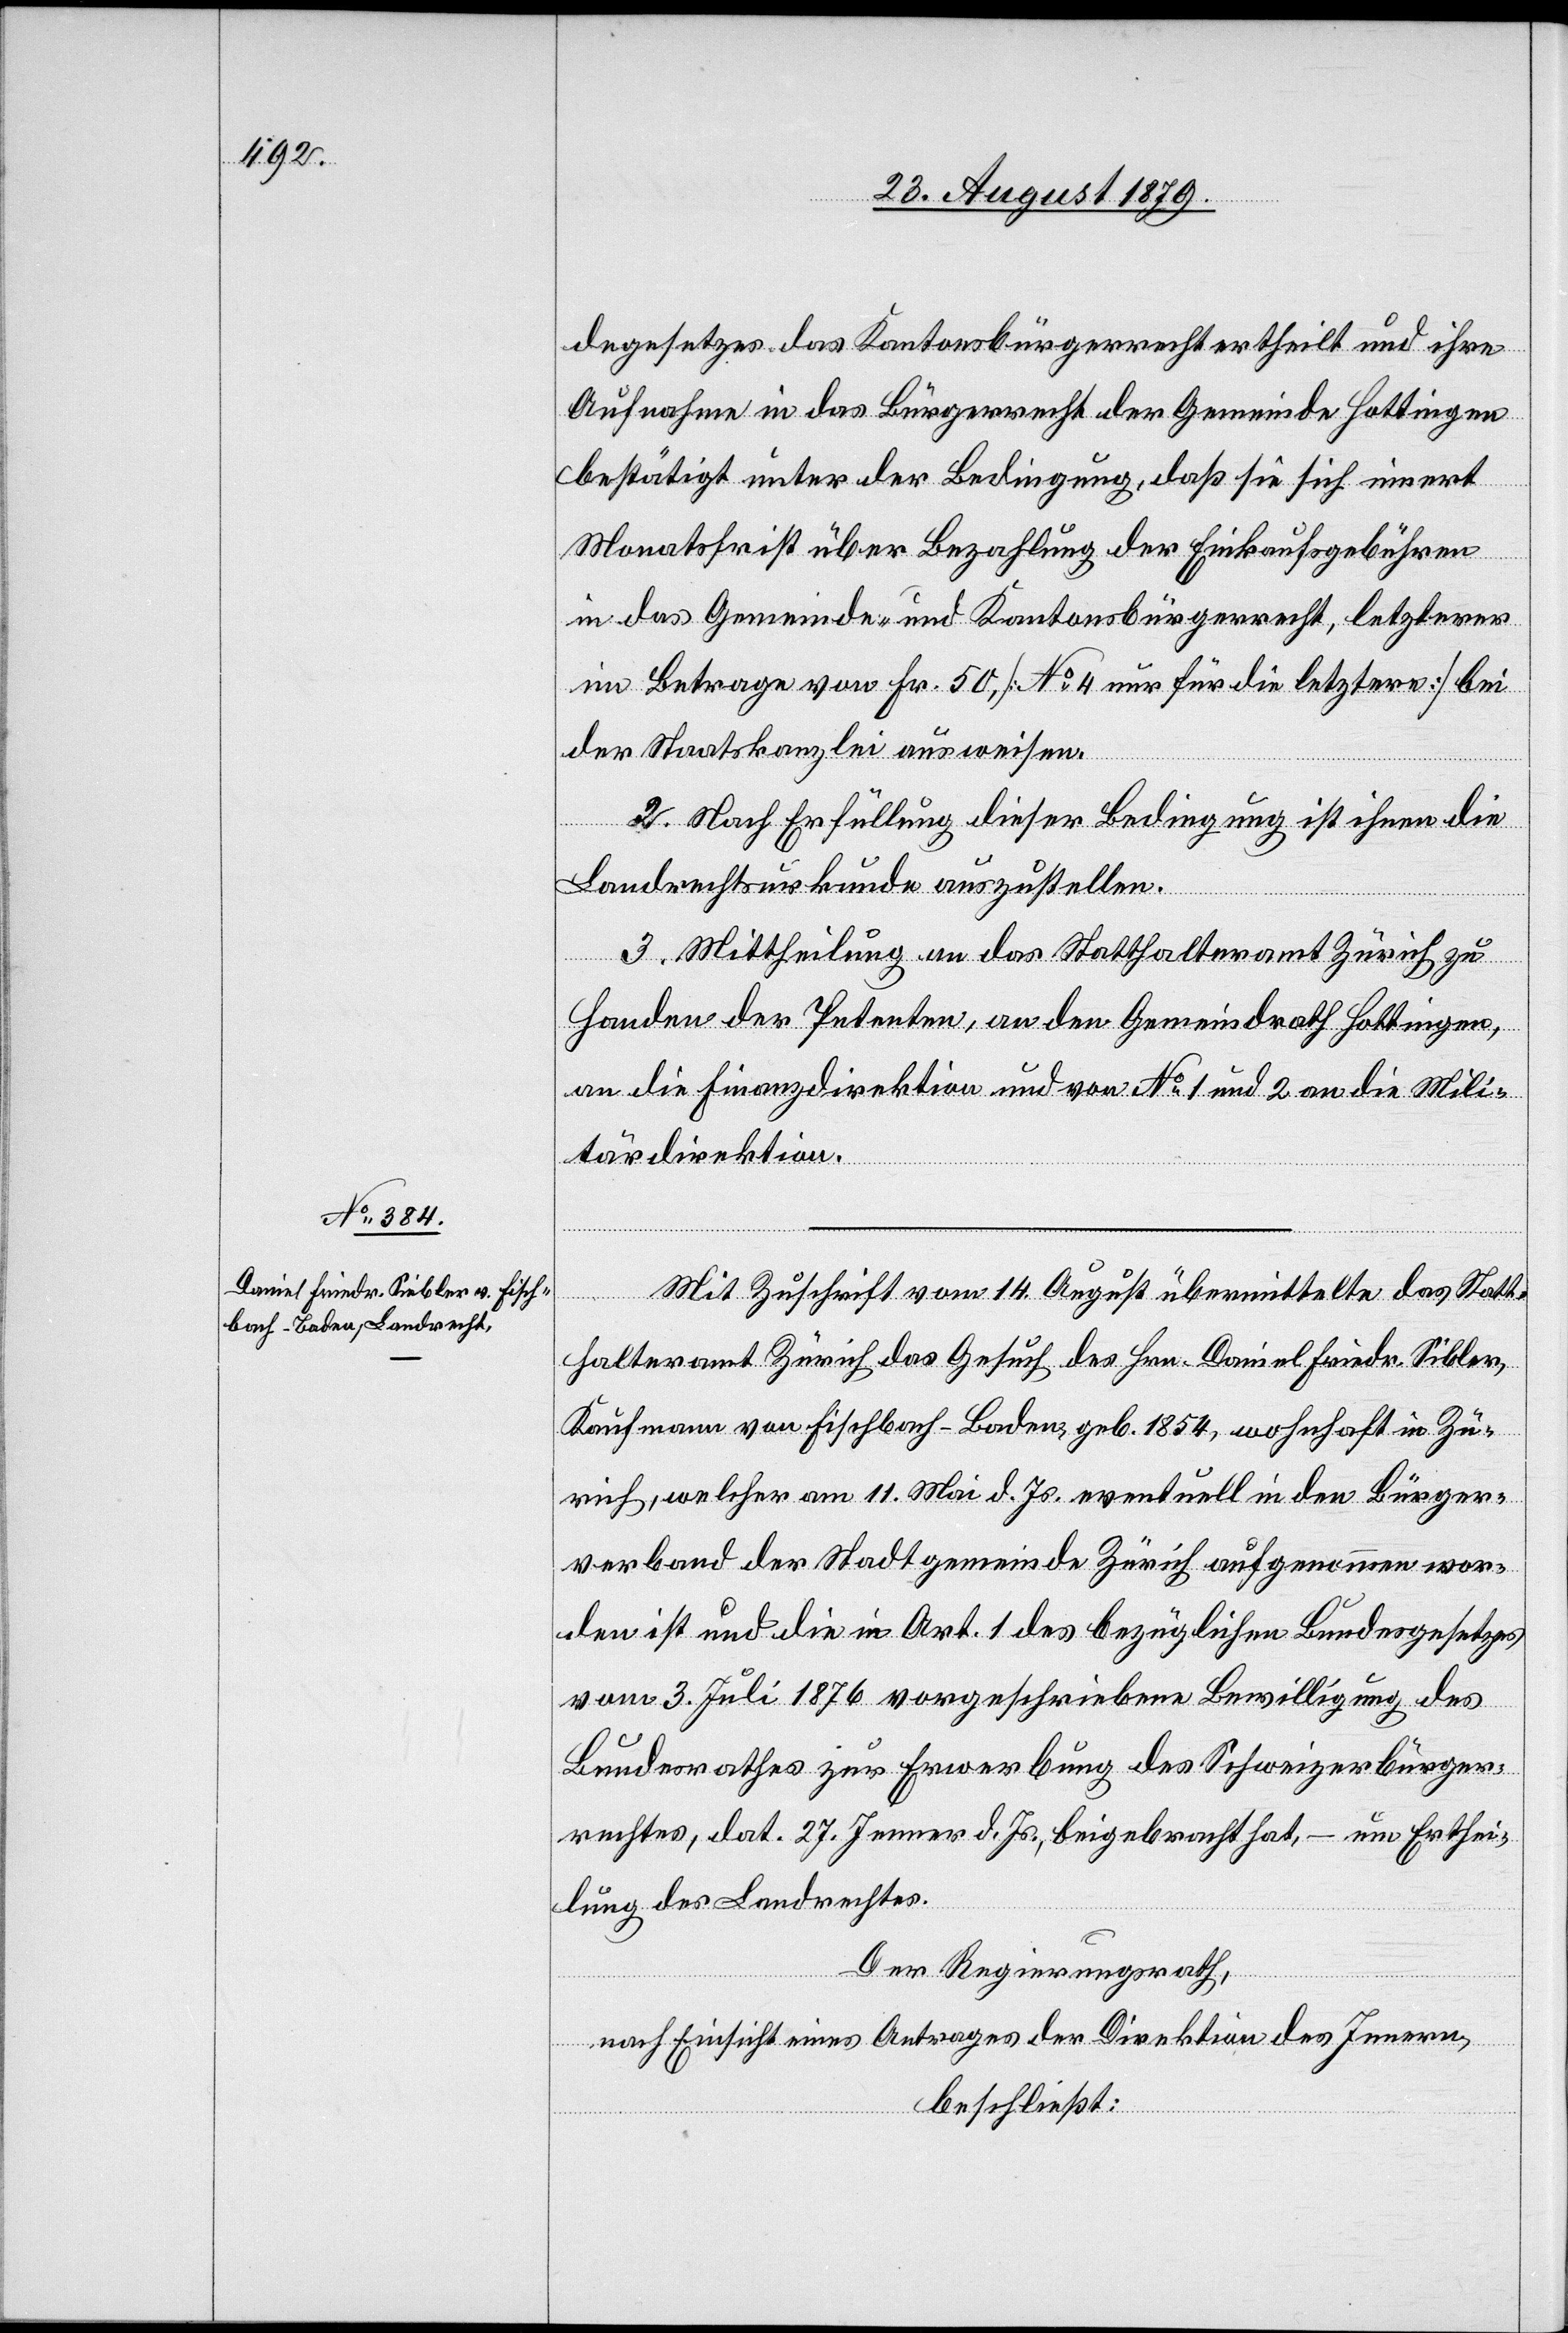
degesetzes das Kantonsbürgerrecht ertheilt und ihre
Aufnahme in das Bürgerrecht der Gemeinde Hottingen
bestätigt unter der Bedingung, daß sie sich innert
Monatsfrist über Bezahlung der Einkaufsgebühren
in das Gemeinde- und Kantonsbürgerrecht, letzteres
im Betrage von Fr. 50, [No 4 nur für die letztere] bei
der Staatskanzlei ausweisen.
2. Nach Erfüllung dieser Bedingung ist ihnen die
Landrechtsurkunde auszustellen.
3. Mittheilung an das Statthalteramt Zürich zu
Handen der Petenten, an den Gemeindrath Hottingen,
an die Finanzdirektion und von No 1 und 2 an die Mili¬
tärdirektion.
Mit Zuschrift vom 14. August übermittelte das Statt¬
halteramt Zürich das Gesuch des Hrn. Daniel Friedr. Sibler,
Kaufmann von Fischbach - Baden, geb. 1854, wohnhaft in Zü¬
rich, welcher am 11. Mai d. Js. eventuell in den Bürger¬
verband der Stadtgemeinde Zürich aufgenommen wor¬
den ist und die in Art. 1 des bezüglichen Bundesgesetzes
vom 3. Juli 1876 vorgeschriebene Bewilligung des
Bundesrathes zur Erwerbung des Schweizerbürger¬
rechtes, dat. 27. Jenner d. Js. beigebracht hat, – um Erthei¬
lung des Landrechtes.
Der Regierungsrath,
nach Einsicht eines Antrages der Direktion des Innern,
beschließt: